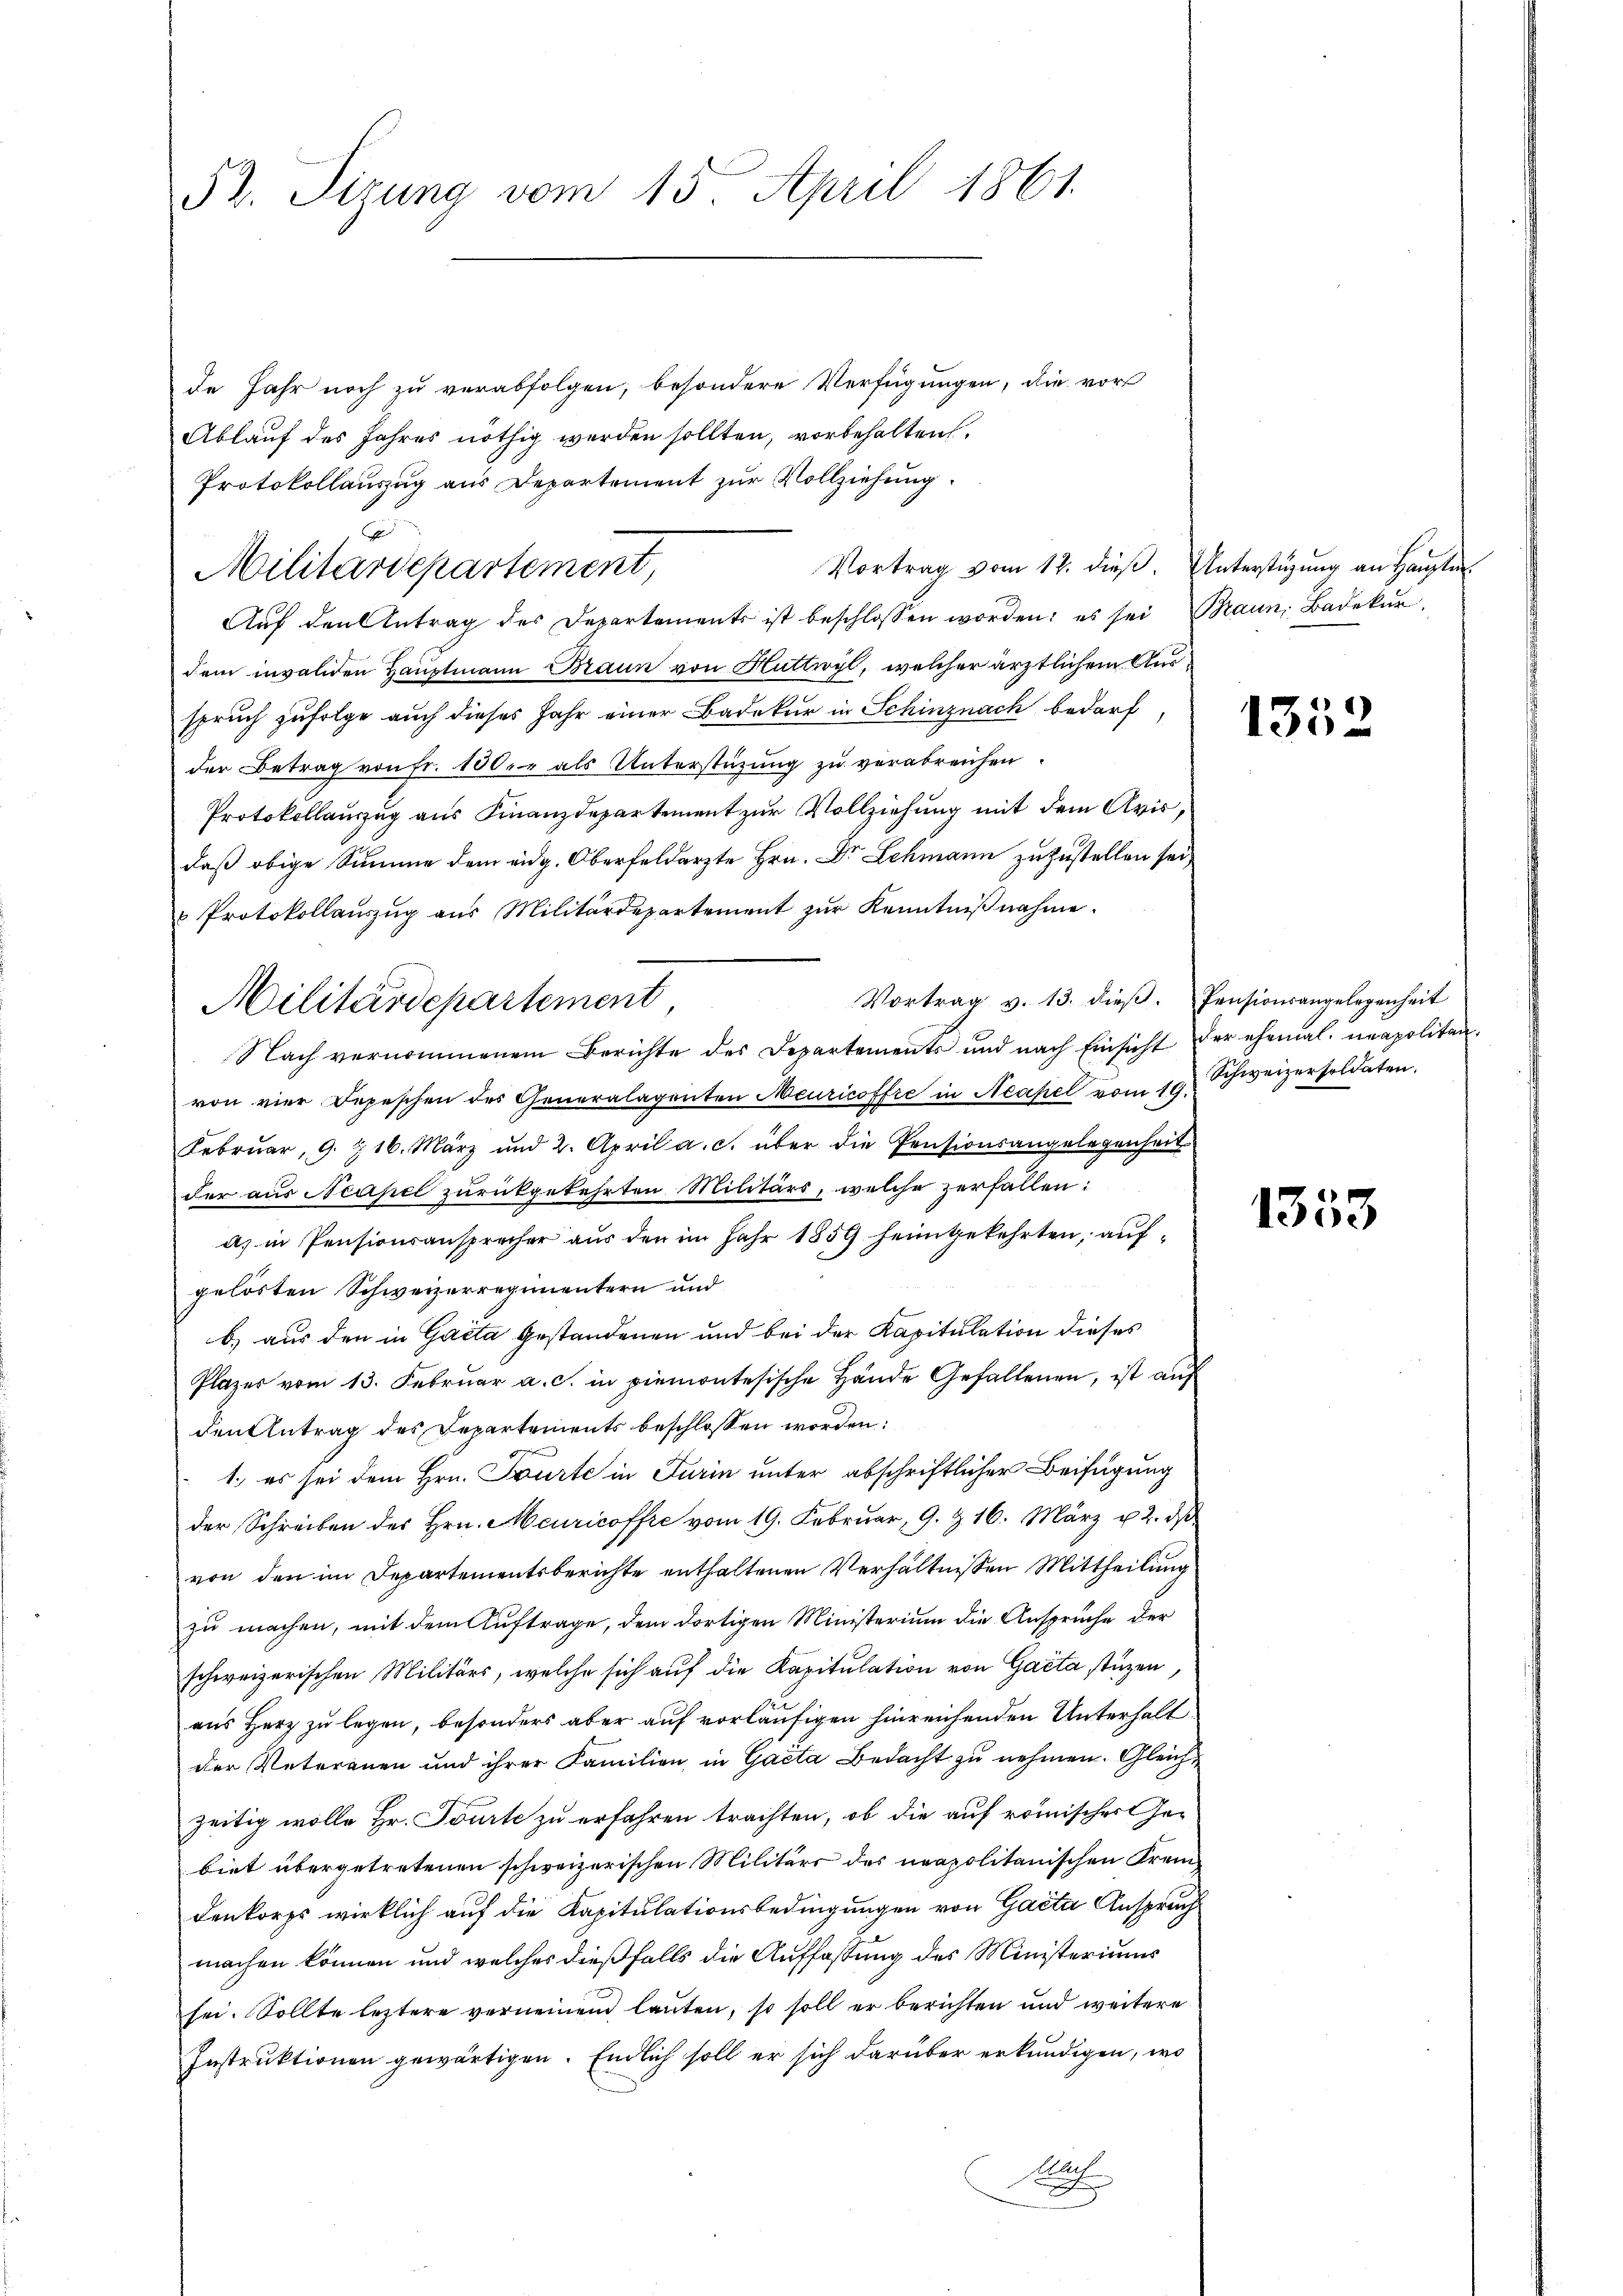
52. Sitzung vom 15. April 1861.

de Jahr noch zu verabfolgen, besondere Verfügungen, die vor
Ablauf des Jahres nöthig werden sollten, vorbehalten,
Protokollauszug aus Departement zur Vollziehung.
Vortrag vom 12. dieß. Unterstüzung an Hauptm.
Militärdepartement,
Aŭf den Antrag des Departements ist beschlossen worden; es sei Braun, Badekan
dem invaliden Hauptmann Braun von Huttwyl, welcher ärztlichem Ausspruch zufolge auch dieses Jahr einer Badakur in Schinznach bedarf
der Betrag von fr. 100. als Unterstützung zu verabreichen.
Protokollauszug aus Finanzdepartement zur Vollziehung mit dem Avis,
daß obige Summe dem eidg. Oberfeldarzte Hrn. Dr Lehmann zuzustellen sei,
u Protokollaŭszŭg aŭs Militärdepartement zŭr Kenntniβnahme.
Vortrag v. 13. dieß. Pensionsangelegenheit
Militärdepartement
Nach vernommenem Berichte des Departements und nach Einsicht der ehemal neapolitanvon vier Depeschen des Generalagenten Meuricoffre in Neapel vom 19. Schweizersoldaten.
Februar, 9. 216. März und 2. April a. c. über die Pensionsangelegenheit
der aus Neapel zurückgekehrten Militärs, welche zerfallen:
a) in Pensionsansprecher aus den im Jahr 1859 heimgekehrten, aufgelösten Schweizerregimentern und
b) aus den in Gacta gestandenen und bei der Kapitulation dieses
Plazer vom 13. Februar a. c. in piemontesische Hände Gefallenen, ist auf
den Antrag des Departements beschlossen worden:
1. es sei dem Hrn. Tourte in Turin unter abschriftlicher Beifügung
der Schreiben des Hrn. Meuricoffre vom 19. Februar, 9. & 16. März u. 2. ds
von den im Departementsberichte enthaltenen Verhältnissen Mittheilung
zu machen, mit dem Auftrage, dem dortigen Ministerium die Anspruche der
schweizerischen Militärs, welche sich auf die Kapitulation von Gaeta stüzen
aus Herz zu legen, besonders aber auf vorläufigen hinreichenden Unterhalt
der Vaterauen und ihrer Familien in Gacta Bedacht zu nehmen. Gleichzeitig wolle Hr. Tourte zu erfahren trachten, ob die auf römischer Gebiet übergetretenen schweizerischen Militärs des neapolitanischen Frem-
denkorps wirklich auf die Kapitulationsbedingungen von Gacta Anspruch
machen können und welches dießfalls die Auffassung des Ministeriums
sei. Sollte leztere verneinen lauten, so soll er berichten und weitere
Instruktionen gewärtigen. Endlich soll er sich darüber erkundigen, wo
ich
A

1332

1333